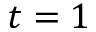
t = 1